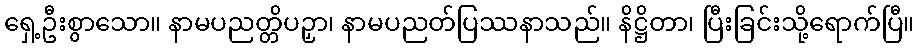
ရှေ့ဦးစွာသော။ နာမပညတ္တိပဉှာ၊ နာမပညတ်ပြဿနာသည်။ နိဋ္ဌိတာ၊ ပြီးခြင်းသို့ရောက်ပြီ။